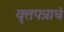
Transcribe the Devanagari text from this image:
वृत्तपत्राचं